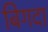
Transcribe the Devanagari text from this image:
बिगदा